Calcutta medical institutions reports 1879-81 [i.e.91]
Year: 1879
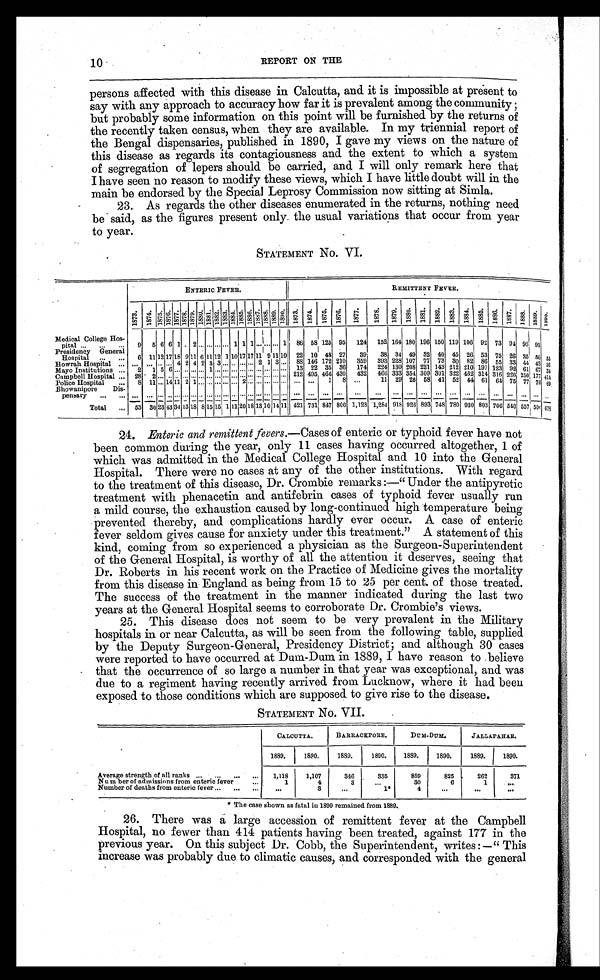
10
REPORT ON THE
persons affected with this disease in Calcutta, and it is impossible at present to
say with any approach to accuracy how far it is prevalent among the community;
but probably some information on this point will be furnished by the returns of
the recently taken census, when they are available. In my triennial report of
the Bengal dispensaries, published in 1890, I gave my views on the nature of
this disease as regards its contagiousness and the extent to which a system
of segregation of lepers should be carried, and I will only remark here that
I have seen no reason to modify these views, which I have little doubt will in the
main be endorsed by the Special Leprosy Commission now sitting at Simla.
23. As regards the other diseases enumerated in the returns, nothing need
be said, as the figures present only the usual variations that occur from year
to year.
STATEMENT No. VI.
ENTERIC FEVER.
REMITTENT FEVER.
1 8 7 3 .
1 8 7 4 .
1 8 7 5 . 1 8 7 6 . 1877.
1 8 7 8 . 1 8 7 9 .
1 8 8 0 .
1 8 8 1 .
1 8 8 2 .
1 8 8 3 .
1 8 8 4 .
1 8 8 5 .
1 8 8 6 .
1 8 8 7 .
1 8 8 8 .
1 8 8 9 .
1 8 9 0 .
1873. 1874.
1 8 7 5 . 1876.
1 8 7 7 .
1 8 7 8 .
1879.
1880.
1881.
1882.
1883.
1884. 1885. 1886.
1887.
1 8 8 8 .
1889.
1 8 9 0 .
M e d i c a l c o l l e g e H o s -
pital ...
. . . ...
9
5 6 6 1 . . 2 ... ... ... ... 1 1 1 ... ... ... 1 86 58 125 95 124 152 164 180 196 150 119 106 92 73 94 90 91
Presidency General
Hospital
. . . ...
6 11 12 17 18 9 1 1 6 11 12 1 10 17 17 11 9 11 10 22 10 48 27 39 38 34 49 32 40 45 26 53 75 26 35 5 0 5 5
Howrah Hospital ... ... ... ...
. . . 4 2 4 2 3 3 ... ... ... ... 2 1 3 ... 88 146 172 210 359 393 228 107 77 73 30 82 86 55 33 44 43 3 6
Mayo Institutions ...
2
1 5 6 ... ... ... ... 1 ... ... ... ... ... ... ... ... ... 13 22 35 36 174 224 130 208 221 143 212 210 197 123 92 61 67 3 4
Campbell Hospital ... 28 2 ... . . .
... . . . . . . . ... ... ... ... ... . . . . . . ... ... ... ... 212 495 466 430 432 466 333 354 309 301 322 462 314 316 220 250 177 414
Police Hospital
...
8 11 ... 14 11 2 1 . . . . . . .. . . . ... 2 ... ... ... ... ... ... ... 1 8 ...
11 29 28 58 41 52 44 61 64 75 77 78 6 9
Bhowanipore
Dis-
p e n s a r y
. . . . . . . . . . . . . . . . . .
... . . . . . . . . . . . . . . . . . . . . . . . . . . . . . . . . . . . . . . . . ...... . . .
...
. . .
. . . ...... ... ... ... ... ... ... ... . . . . . . . . .
Total
... 53 30 23 43 34 13 18 8 15 15 1 1 1 1 20 18 13 1 0 14 1 1 421 731 847 806 1,128 1,284 918 926 893 748 780 930 803 706 540 557 5 0
6 6 7 8
24. Enteric and remittent fevers.—Cases of enteric or typhoid fever have not
been common during the year, only 11 cases having occurred altogether, 1 of
which was admitted in the Medical College Hospital and 10 into the General
Hospital. There were no cases at any of the other institutions. With regard
to the treatment of this disease, Dr. Crombie remarks:—"Under the antipyretic
treatment with phenacetin and antifebrin cases of typhoid fever usually run
a mild course, the exhaustion caused by long-continued high temperature being
prevented thereby, and complications hardly ever occur. A case of enteric
fever seldom gives cause for anxiety under this treatment." A statement of this
kind, coming from so experienced a physician as the Surgeon-Superintendent
of the General Hospital, is worthy of all the attention it deserves, seeing that
Dr. Roberts in his recent work on the Practice of Medicine gives the mortality
from this disease in England as being from 15 to 25 per cent. of those treated.
The success of the treatment in the manner indicated during the last two
years at the General Hospital seems to corroborate Dr. Crombie's views.
25. This disease does not seem to be very prevalent in the Military
hospitals in or near Calcutta, as will be seen from the following table, supplied
by the Deputy Surgeon-General, Presidency District; and although 30 cases
were reported to have occurred at Dum-Dum in 1889, I have reason to believe
that the occurrence of so large a number in that year was exceptional, and was
due to a regiment having recently arrived from Lucknow, where it had been
exposed to those conditions which are supposed to give rise to the disease.
STATEMENT No. VII.
CALCUTTA.
BARRACKPORE.
DUM-DUM.
JALLAPAHAR.
1889.
1890.
1889.
1890.
1889.
1890.
1889.
1890.
Average strength of all ranks ...
...
...
...
1,118
1,107
346
335
859
825
262
371
Num ber of admissions from enteric fever
. . .
1
4
3
...
30
6
1
...
Number of deaths from enteric fever ...
...
...
...
3
...
1*
4
...
. . .
...
* The case shown as fatal in 1890 remained from 1889.
26. There was a large accession of remittent fever at the Campbell
Hospital, no fewer than 414 patients having been treated, against 177 in the
previous year. On this subject Dr. Cobb, the Superintendent, writes:—"This
increase was probably due to climatic causes, and corresponded with the general